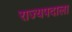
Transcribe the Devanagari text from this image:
राज्यपदाला